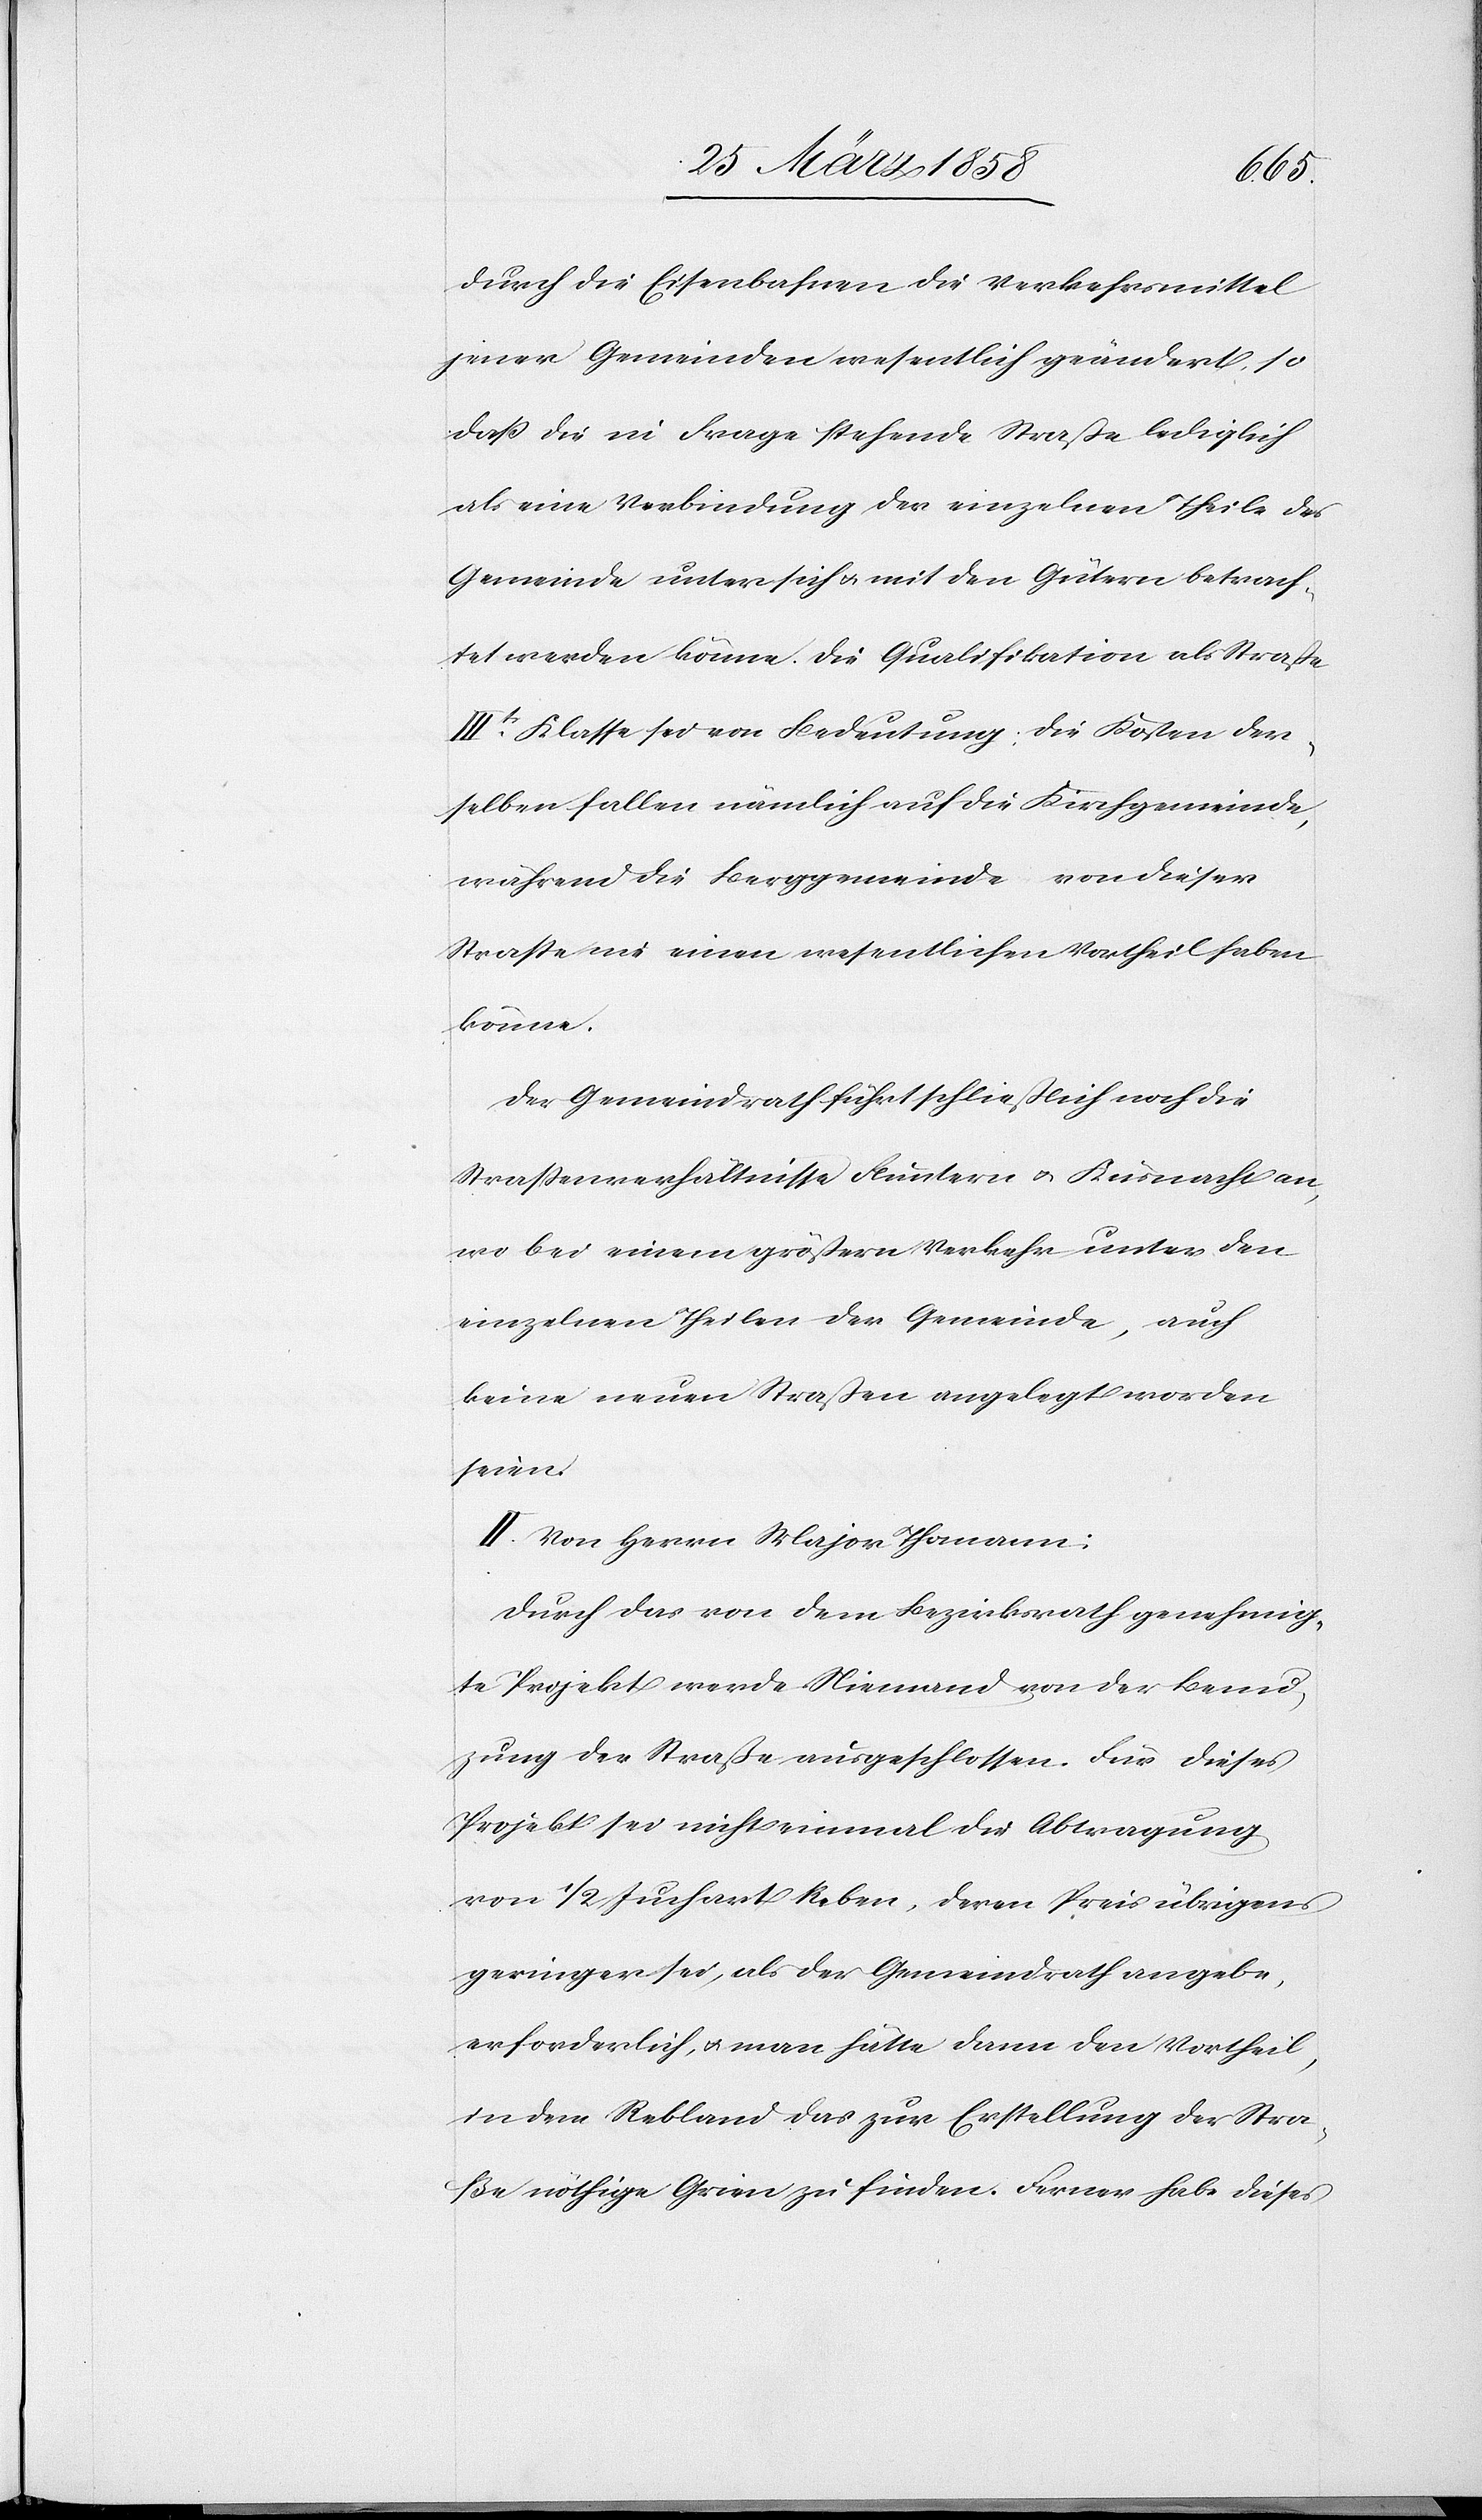
durch die Eisenbahnen die Verkehrsmittel
jener Gemeinden wesentlich geändert, so
daß die in Frage stehende Straße lediglich
als eine Verbindung der einzelnen Theile der
Gemeinde unter sich u. mit den Gütern betrach¬
tet werden könne. Die Qualifikation als Straße
IIItr Klasse sei von Bedeutung: die Kosten der¬
selben fallen nämlich auf die Kirchgemeinde,
während die Berggemeinde von dieser
Straße nie einen wesentlichen Vortheil haben
könne.
Der Gemeindrath führt schließlich noch die
Straßenverhältnisse Fluntern u. Küsnacht an,
wo bei einem größern Verkehr unter den
einzelnen Theilen der Gemeinde, auch
keine neuen Straßen angelegt worden
seien.
II. Von Herrn Major Thomann:
Durch das von dem Bezirksrath genehmig¬
te Projekt werde Niemand von der Benu¬
zung der Straße ausgeschlossen. Für dieses
Projekt sei nicht einmal die Abtragung
von 1/2 Juchart Reben, deren Preis übrigens
geringer sei, als der Gemeindrath angebe,
erforderlich, u. man hätte dann den Vortheil,
in dem Rebland das zur Erstellung der Stra¬
ße nöthige Grien zu finden. Ferner habe dieses